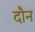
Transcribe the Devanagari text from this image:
दौन